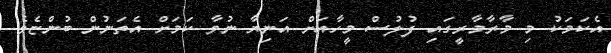
އެކަމަކު މި މާރާމާރީގައި ފުލުސް މީހާއަށް އަނިޔާ ނުވާ ކަމަށް އެތަނުން ބުންޏެވެ.